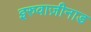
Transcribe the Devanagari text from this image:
इरुवाज़ीनाड